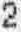
2